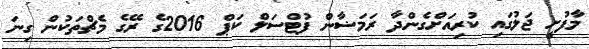
މާފުށީ ޖަލުގައި ކުރިއަށްގެންދާ ރަމަޟާން ފުޓްސަލް ކަޕް 2016ގެ ރޭގެ މެޗްތަކުން ގިނަ